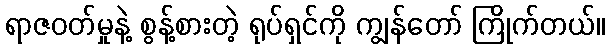
ရာဇဝတ်မှုနဲ့ စွန့်စားတဲ့ ရုပ်ရှင်ကို ကျွန်တော် ကြိုက်တယ်။